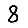
Digit: 8